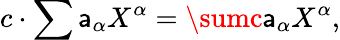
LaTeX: c\cdot\sum\mathsf{a}_{\alpha}X^{\alpha}=\sumc\mathsf{a}_{\alpha}X^{\alpha},